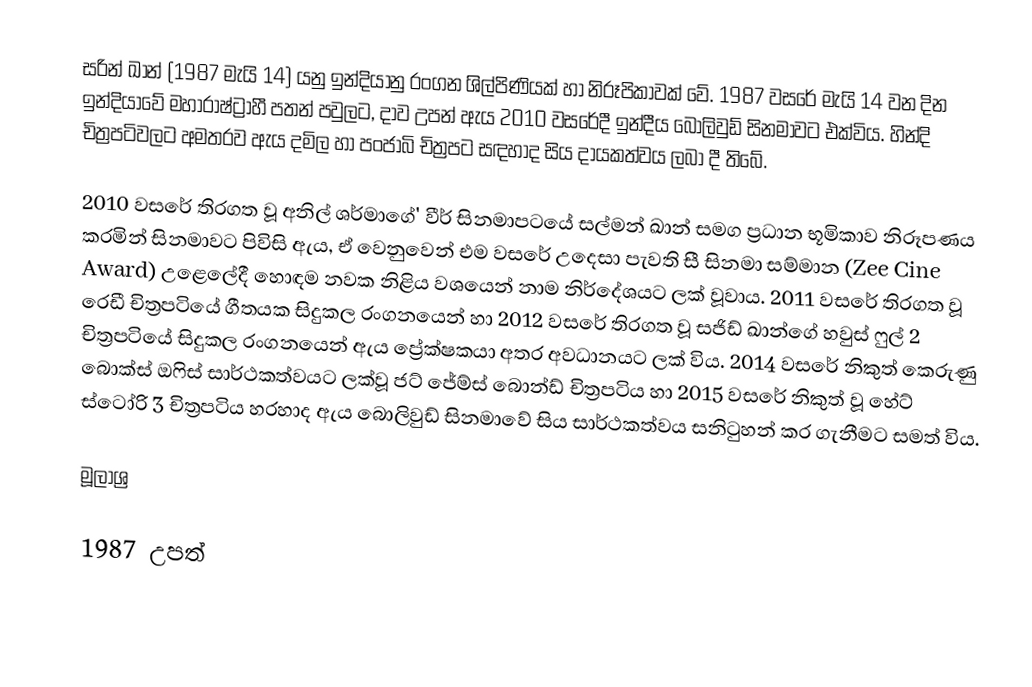
සරින් ඛාන් (1987 මැයි 14) යනු ඉන්දියානු රංගන ශිල්පිණියක් හා නිරූපිකාවක් වේ. 1987 වසරේ මැයි 14 වන දින ඉන්දියාවේ මහාරාෂ්ට්‍රාහී පතන් පවුලට, දාව උපන් ඇය 2010 වසරේදී ඉන්දීය බොලිවුඩ් සිනමාවට එක්විය. හින්දි චිත්‍රපටිවලට අමතරව ඇය දමිල හා පංජාබි  චිත්‍රපට සඳහාද සිය දායකත්වය ලබා දී තිබේ.

2010 වසරේ තිරගත වූ අනිල් ශර්මාගේ' වීර් සිනමාපටයේ සල්මන් ඛාන් සමග ප්‍රධාන භූමිකාව නිරූපණය කරමින් සිනමාවට පිවිසි ඇය, ඒ වෙනුවෙන් එම වසරේ උදෙසා පැවති සී සිනමා සම්මාන (Zee Cine Award) උළෙලේදී හොඳම නවක නිළිය වශයෙන් නාම නිර්දේශයට ලක් වූවාය. 2011 වසරේ තිරගත වූ රෙඩී චිත්‍රපටියේ ගීතයක  සිදුකල රංගනයෙන් හා 2012 වසරේ තිරගත වූ සජිඩ් ඛාන්ගේ හවුස් ෆුල් 2 චිත්‍රපටියේ සිදුකල රංගනයෙන් ඇය ප්‍රේක්ෂකයා අතර අවධානයට ලක් විය. 2014 වසරේ නිකුත් කෙරුණු බොක්ස් ඔෆිස් සාර්ථකත්වයට ලක්වූ ජට් ජේම්ස් බොන්ඩ් චිත්‍රපටිය හා 2015 වසරේ නිකුත් වූ හේට් ස්ටෝරි 3 චිත්‍රපටිය හරහාද ඇය බොලිවුඩ් සිනමාවේ සිය සාර්ථකත්වය සනිටුහන් කර ගැනීමට සමත් විය.

මූලාශ්‍ර

1987 උපත්